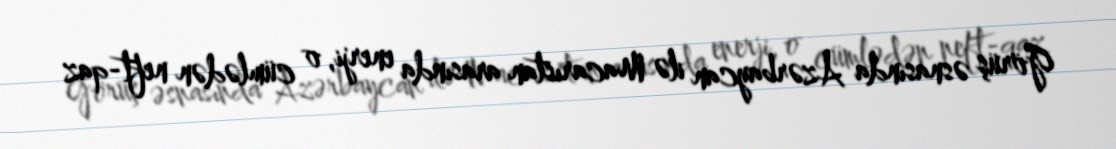
Görüş əsnasında Azərbaycan ilə Macarıstan arasında enerji, o cümlədən neft-qaz